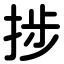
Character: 捗